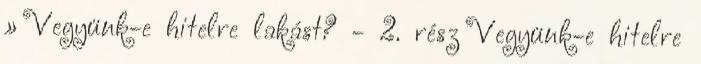
» Vegyünk-e hitelre lakást? - 2. rész Vegyünk-e hitelre